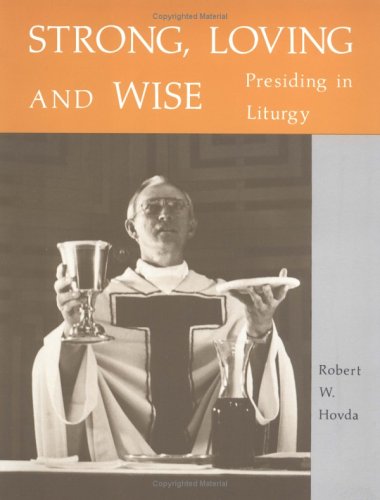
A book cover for Strong, Loving and Wise: Presiding in Liturgy; Robert W. Hovda; Christian Books & Bibles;